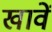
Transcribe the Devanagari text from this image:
खावें